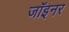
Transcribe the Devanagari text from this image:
जॉइनर